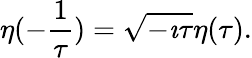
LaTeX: \eta(-\frac 1\tau)=\sqrt{-\imath\tau}\eta(\tau).